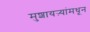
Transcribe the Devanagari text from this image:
मुशायऱ्यांमधून